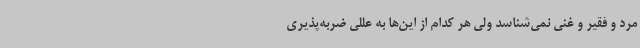
مرد و فقیر و غنی نمی‌شناسد ولی هر کدام از این‌ها به عللی ضربه‌پذیری